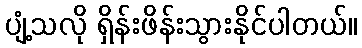
ပျံ့သလို ရှိန်းဖိန်းသွားနိုင်ပါတယ်။